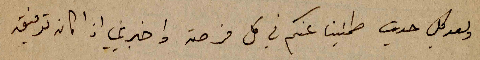
وبعد كل حديث طمنينا عنكم في كل فرصة واخبريني اذا كان توفيق